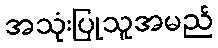
အသုံးပြုသူအမည်